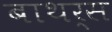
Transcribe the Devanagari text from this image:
बाथर्स